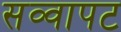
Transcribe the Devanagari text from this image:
सव्वापट